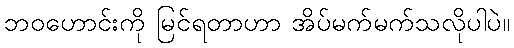
ဘဝဟောင်းကို မြင်ရတာဟာ အိပ်မက်မက်သလိုပါပဲ။